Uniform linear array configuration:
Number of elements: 4
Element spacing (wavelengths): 0.5
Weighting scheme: cosine
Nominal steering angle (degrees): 30
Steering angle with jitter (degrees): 31.811
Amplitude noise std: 0.05
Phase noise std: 0.05

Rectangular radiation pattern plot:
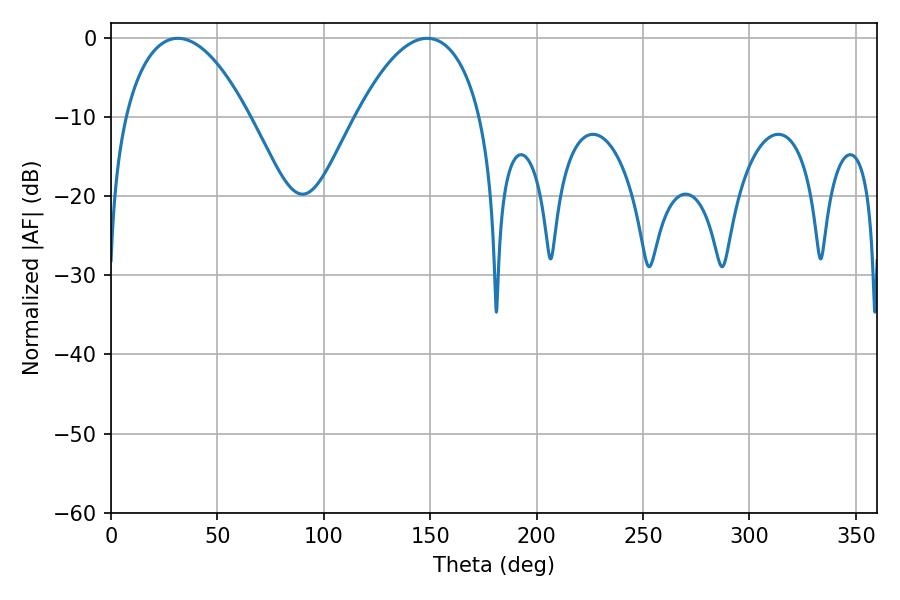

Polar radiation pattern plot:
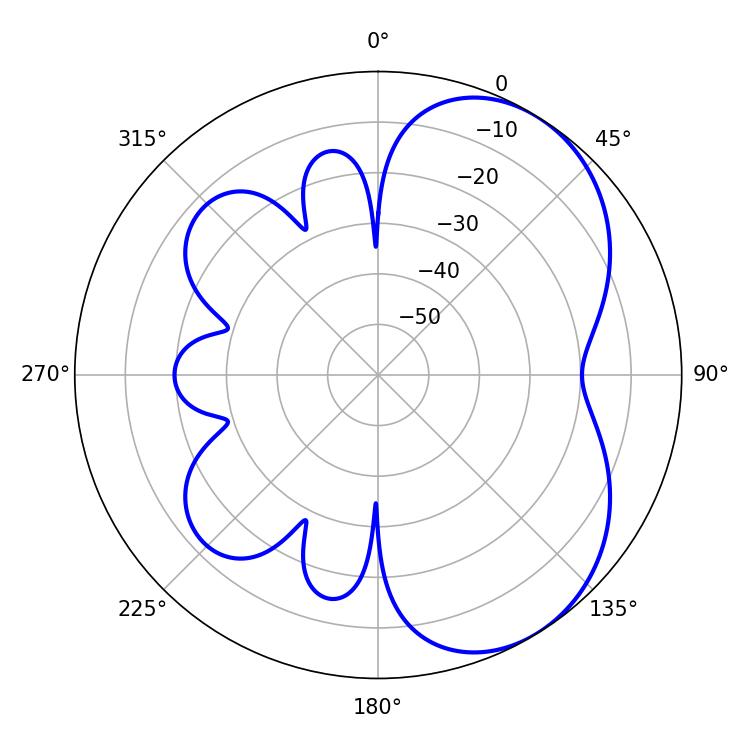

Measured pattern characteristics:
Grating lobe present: FALSE
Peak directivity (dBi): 5.044
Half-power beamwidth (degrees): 32.58
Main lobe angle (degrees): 31.5